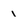
Character: 1